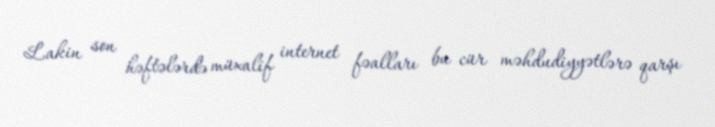
Lakin son həftələrdə müxalif internet fəalları bu cür məhdudiyyətlərə qarşı